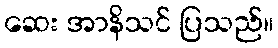
ဆေး အာနိသင် ပြသည်။